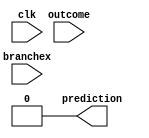
//2-Bit Predictor 
//table bits
//0	outcome prior to previous outcome
//1	previous outcome
//2	previous prediction


module Branch_Predictornone(
  input clk, //timing
  input branchex, // branch confirmation from EX register
  input outcome, // branch outcome
  output reg prediction // 2-bit prediction for 2^2 = 4 entries
);

 reg [2:0] table1; // 4-entry 2-bit counter table
initial begin
table1 <= 3'b000;
prediction <= 0;
end									// index into the table using the least significant bits of the PC
											// take the two least significant bits to index into 2^2 = 4 table entries
											// we use bit-wise AND with 2'b11 to extract the two least significant bits
    
endmodule